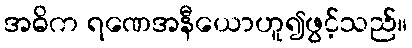
အဓိက ရဏေအနီယောဟူ၍ဖွင့်သည်။